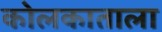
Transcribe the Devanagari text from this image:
कोलकाताला